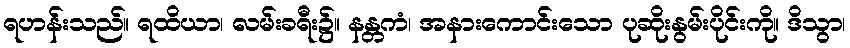
ရဟန်းသည်။ ရထိယာ၊ လမ်းခရီး၌။ နန္တကံ၊ အနားကောင်းသော ပုဆိုးနွမ်းပိုင်းကို။ ဒိသွာ၊